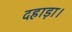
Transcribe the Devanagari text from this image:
दहाड़ा।